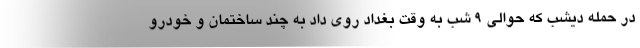
در حمله دیشب که حوالی ۹ شب به وقت بغداد روی داد به چند ساختمان و خودرو